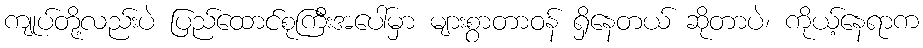
ကျုပ်တို့လည်းပဲ ပြည်ထောင်စုကြီးအပေါ်မှာ များစွာတာဝန် ရှိနေတယ် ဆိုတာပဲ၊ ကိုယ့်နေရာက